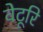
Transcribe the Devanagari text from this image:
वेटूरि